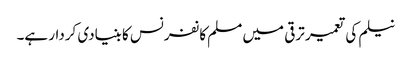
نیلم کی تعمیر ترقی میں مسلم کانفرنس کا بنیادی کردار ہے۔